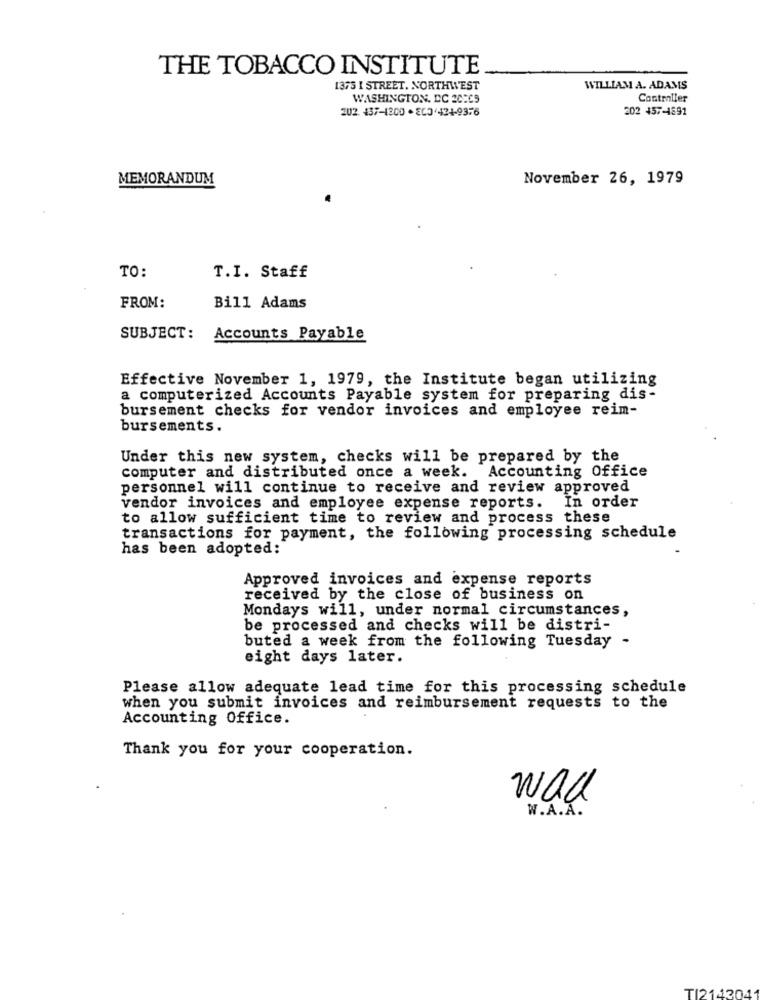
THE TOBACCO INSTITUTE
1375 I STREET, NORTHWEST
WILLIAM A. ADAMS
WASHINGTON, DC 20269
Controller
202. 437-1300 · EC3 424-9376
202 457-4691
MEMORANDUM
November 26, 1979
TO:
T.I. Staff
FROM:
Bill Adams
SUBJECT:
Accounts Payable
Effective November 1, 1979, the Institute began utilizing
a computerized Accounts Payable system for preparing dis-
bursement checks for vendor invoices and employee reim-
bursements.
Under this new system, checks will be prepared by the
computer and distributed once a week. Accounting Office
personnel will continue to receive and review approved
vendor invoices and employee expense reports. In order
to allow sufficient time to review and process these
transactions for payment, the following processing schedule
has been adopted:
Approved invoices and expense reports
received by the close of business on
Mondays will, under normal circumstances,
be processed and checks will be distri-
buted a week from the following Tuesday -
eight days later.
Please allow adequate lead time for this processing schedule
when you submit invoices and reimbursement requests to the
Accounting Office.
Thank you for your cooperation.
wad
W.A.A.
TI2143041